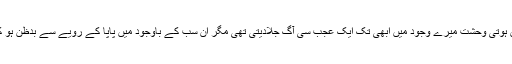
سلامہ شاہ کی آنکھوں سے عیاں ہوتی وحشت میرے وجود میں ابھی تک ایک عجب سی آگ جلادیتی تھی مگر ان سب کے باوجود میں پاپا کے رویے سے بدظن ہو کر کوئی انتہائی قدم نہ اٹھاسکی۔